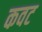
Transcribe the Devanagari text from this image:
कवट